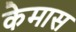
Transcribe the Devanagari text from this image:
केमास